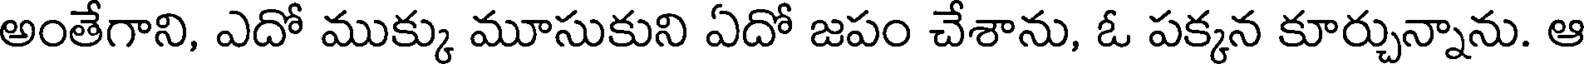
అంతేగాని, ఎదో ముక్కు మూసుకుని ఏదో జపం చేశాను, ఓ పక్కన కూర్చున్నాను. ఆ